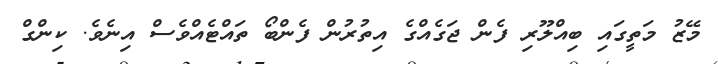
މޭޒު މަތީގައި ބިއްލޫރި ފެން ޖަގެއްގެ އިތުރުން ފެންބޯ ތައްޓެއްވެސް އިނެވެ. ކިންގް